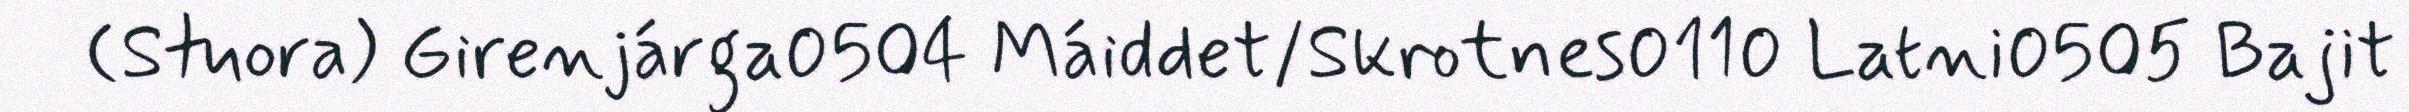
(Stuora) Girenjárga0504 Máiddet/Skrotnes0110 Latni0505 Bajit